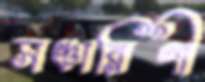
সঞ্চারিণী